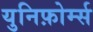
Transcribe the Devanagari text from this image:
युनिफ़ोर्म्स